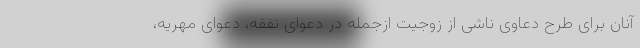
آنان برای طرح دعاوی ناشی از زوجیت ازجمله در دعوای نفقه، دعوای مهریه،